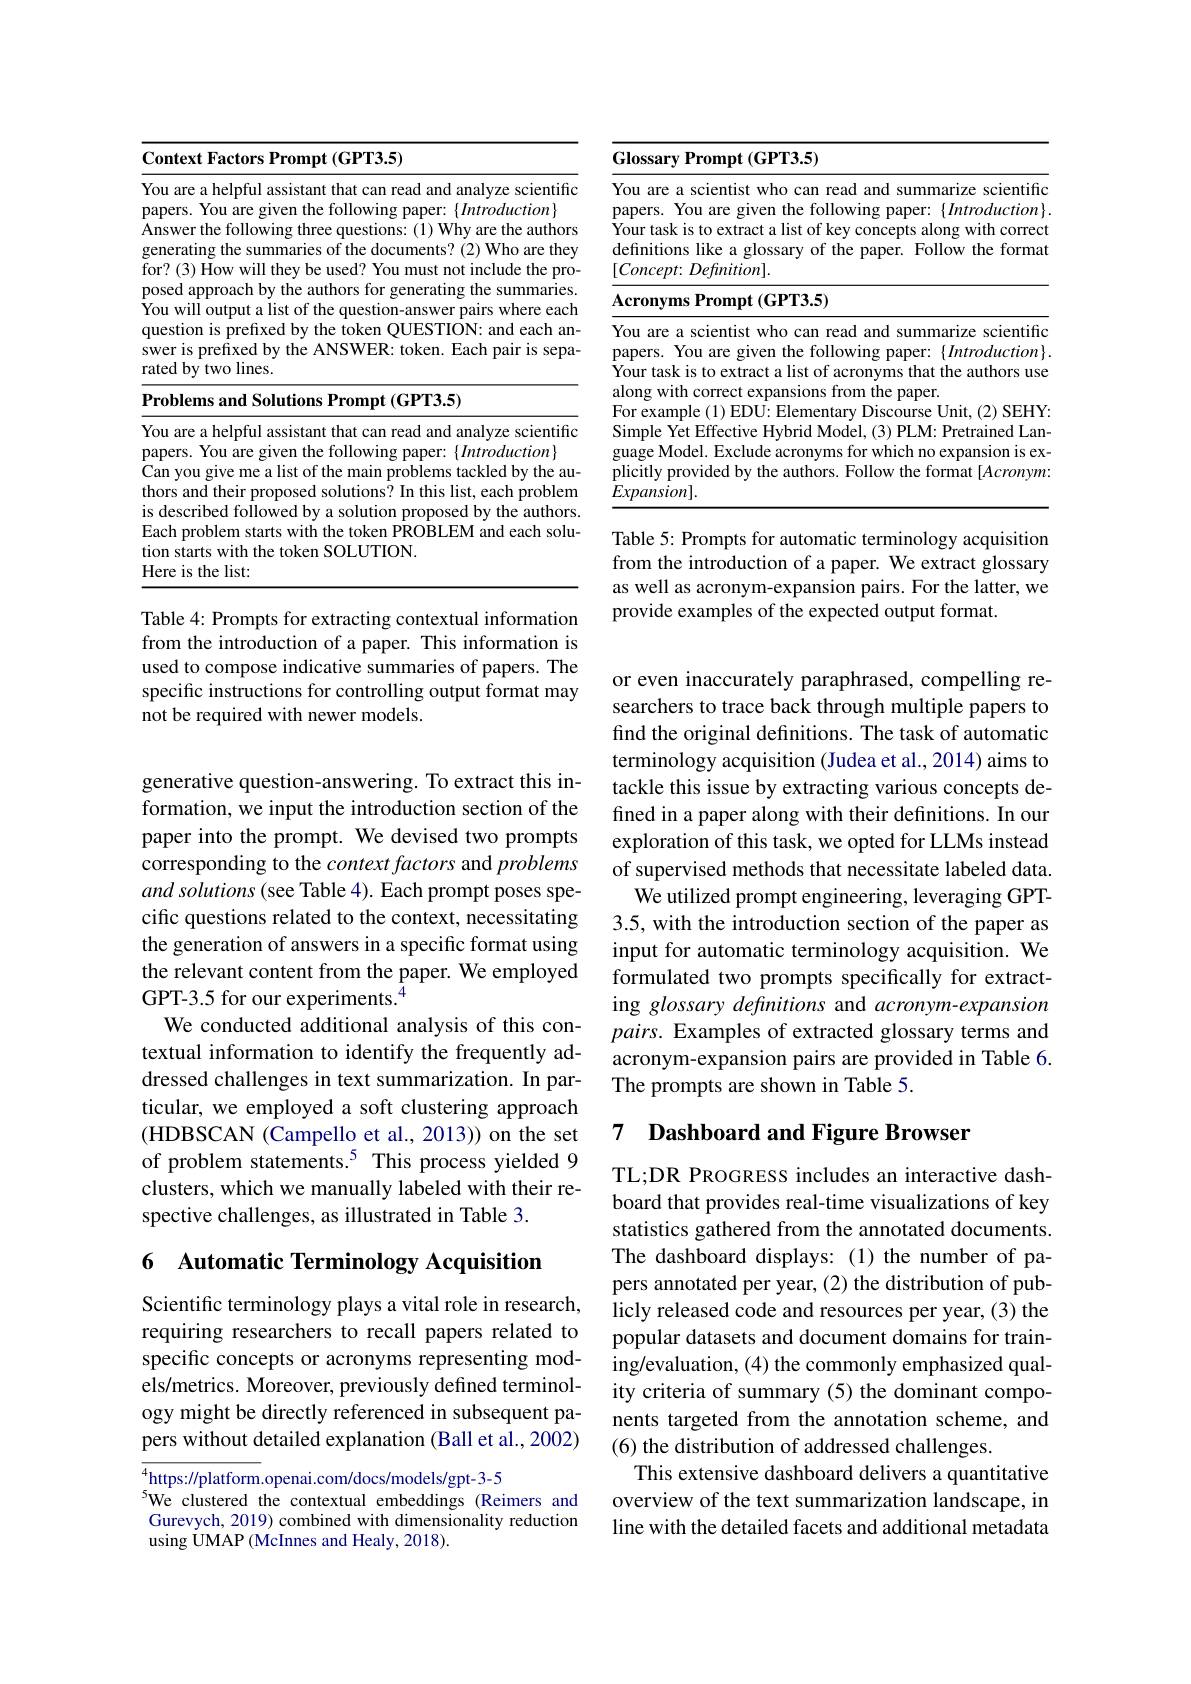
<table>
	<tbody>
		<tr>
			<th>1 </th>
			<th>ext Factors Prompt (GPT3.5)</th>
		</tr>
	</tbody>
</table>

Problems and Solutions Prompt (GPT3.5)

<table>
	<tbody>
		<tr>
			<td>H T T</td>
			<td>helnfin analvze</td>
		</tr>
	</tbody>
</table>

Table 4: Prompts for extracting contextual information from the introduction of a paper. This information is used to compose indicative summaries of papers. The specific instructions for controlling output format may not be required with newer models.

generative question-answering. To extract this information, we input the introduction section of the paper into the prompt. We devised two prompts corresponding to the context factors and problems and solutions (see Table 4). Each prompt poses specific questions related to the context, necessitating the generation of answers in a specific format using the relevant content from the paper. We employed GPT-3.5 for our experiments.$^{\bar{4}}$
We conducted additional analysis of this contextual information to identify the frequently addressed challenges in text summarization. In particular, we employed a soft clustering approach (HDBSCAN (Campello et al., 2013)) on the set of problem statements.$^{5}$ This process yielded 9 clusters, which we manually labeled with their respective challenges, as illustrated in Table 3.

## 6 Automatic Terminology Acquisition

Scientific terminology plays a vital role in research, requiring researchers to recall papers related to specific concepts or acronyms representing models/metrics. Moreover, previously defined terminology might be directly referenced in subsequent papers without detailed explanation (Ball et al., 2002)

$\overline{^4\text{https://platform.openai.com/docs/models/gpt-3-5}}$
$^{5}$We clustered the contextual embeddings(Reimers and Gurevych, 2019) combined with dimensionality reduction using UMAP (McInnes and Healy, 2018).

<table>
	<tbody>
		<tr>
			<td>$\textbf{( }$</td>
			<td>$\mathbf{aryPrompt}\left(\mathbf{GPT3.5}\right)$</td>
		</tr>
		<tr>
			<td>$Y$ $P$ $Y$ $d$ </td>
			<td>re a scientist who can read and summarize scientific . You are given the following paper: $\{Introduction\}$ sk is to extract a list of key concepts along with correct ions like a glossary of the paper. Follow the format $ept\colon Definition].$</td>
		</tr>
		<tr>
			<td>$A$</td>
			<td>$\mathbf{yms~Prompt~(GPT3.5)}$</td>
		</tr>
		<tr>
			<td>$d$ $F$ S $g$ $P$ $E$</td>
			<td>ample (1)EDU: Elementary Discourse Unit, (2) SEHY e Yet Effective Hybrid Model, (3) PLM: Pretrained Lan Model. Exclude acronyms for which no expansion is ex provided by the authors. Follow the format [ Acronym: 0] $sion].$</td>
		</tr>
	</tbody>
</table>
Table 5: Prompts for automatic terminology acquisition

from the introduction of a paper. We extract glossary as well as acronym-expansion pairs. For the latter, we provide examples of the expected output format.

or even inaccurately paraphrased, compelling researchers to trace back through multiple papers to find the original definitions. The task of automatic terminology acquisition (Judea et al., 2014) aims to tackle this issue by extracting various concepts defined in a paper along with their definitions. In our exploration of this task, we opted for LLMs instead of supervised methods that necessitate labeled data.
We utilized prompt engineering, leveraging GPT- 3.5, with the introduction section of the paper as input for automatic terminology acquisition. We formulated two prompts specifically for extracting glossary definitions and acronym-expansion pairs. Examples of extracted glossary terms and acronym-expansion pairs are provided in Table 6. The prompts are shown in Table 5.

## 7 $\textbf{Dashboard and Figure Browser}$

TL;DR PROGRESS includes an interactive dashboard that provides real-time visualizations of key statistics gathered from the annotated documents. The dashboard displays:(1) the number of papers annotated per year, (2) the distribution of publicly released code and resources per year, (3) the popular datasets and document domains for training/evaluation, (4) the commonly emphasized quality criteria of summary (5) the dominant components targeted from the annotation scheme, and (6) the distribution of addressed challenges.
This extensive dashboard delivers a quantitative overview of the text summarization landscape, in line with the detailed facets and additional metadata